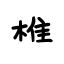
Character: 椎